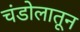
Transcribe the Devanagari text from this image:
चंडोलातून